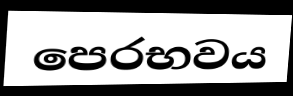
පෙරභවය